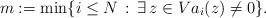
LaTeX: \begin{align*} m:= \min\{ i\leq N \, :\, \exists \,z\in V a_i(z)\neq 0\}. \end{align*}